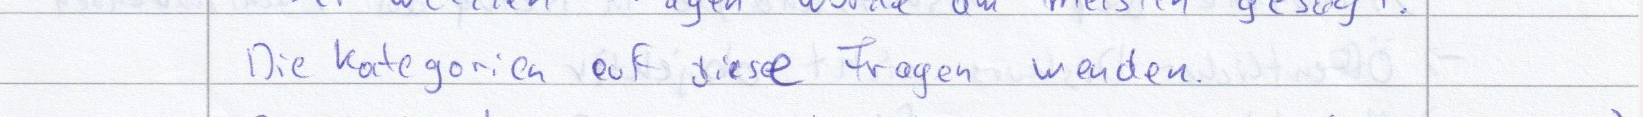
Die Kategorien auf diese Fragen wenden